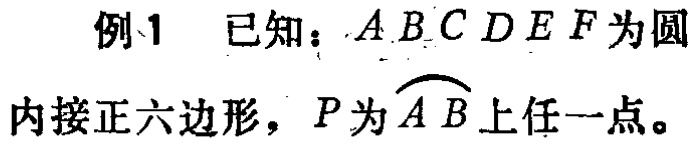
例1 已知：\(ABCDEF\)为圆内接正六边形，\(P\)为\(\overset{\frown}{AB}\)上任一点。